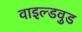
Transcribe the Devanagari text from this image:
वाइल्डवुड